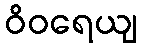
ဝိဝရေယျ